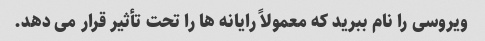
ویروسی را نام ببرید که معمولاً رایانه ها را تحت تأثیر قرار می دهد.